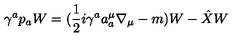
\gamma ^ { a } p _ { a } W = ( \frac { 1 } { 2 } i \gamma ^ { a } a _ { a } ^ { \mu } \nabla _ { \mu } - m ) W - \hat { X } W